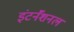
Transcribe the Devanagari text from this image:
इंटर्नॅशनल